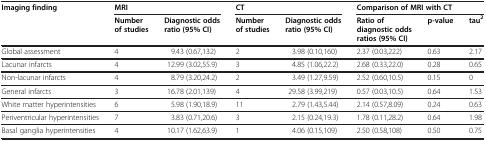
<table><thead><tr><td rowspan="2"><b>Imaging finding</b></td><td colspan="2"><b>MRI</b></td><td colspan="2"><b>CT</b></td><td colspan="3"><b>Comparison of MRI with CT</b></td></tr><tr><td><b>Number of studies</b></td><td><b>Diagnostic odds ratio (95% CI)</b></td><td><b>Number of studies</b></td><td><b>Diagnostic odds ratio (95% CI)</b></td><td><b>Ratio of diagnostic odds ratios (95% CI)</b></td><td><b>p-value</b></td><td><b>tau<sup>2</sup></b></td></tr></thead><tbody><tr><td>Global assessment</td><td>4</td><td>9.43 (0.67,132)</td><td>2</td><td>3.98 (0.10,160)</td><td>2.37 (0.03,222)</td><td>0.63</td><td>2.17</td></tr><tr><td>Lacunar infarcts</td><td>4</td><td>12.99 (3.02,55.9)</td><td>3</td><td>4.85 (1.06,22.2)</td><td>2.68 (0.33,22.0)</td><td>0.28</td><td>0.65</td></tr><tr><td>Non-lacunar infarcts</td><td>4</td><td>8.79 (3.20,24.2)</td><td>2</td><td>3.49 (1.27,9.59)</td><td>2.52 (0.60,10.5)</td><td>0.15</td><td>0</td></tr><tr><td>General infarcts</td><td>3</td><td>16.78 (2.01,139)</td><td>4</td><td>29.58 (3.99,219)</td><td>0.57 (0.03,10.5)</td><td>0.64</td><td>1.53</td></tr><tr><td>White matter hyperintensities</td><td>6</td><td>5.98 (1.90,18.9)</td><td>11</td><td>2.79 (1.43,5.44)</td><td>2.14 (0.57,8.09)</td><td>0.24</td><td>0.63</td></tr><tr><td>Periventricular hyperintensities</td><td>7</td><td>3.83 (0.71,20.6)</td><td>3</td><td>2.15 (0.24,19.3)</td><td>1.78 (0.11,28.2)</td><td>0.64</td><td>1.98</td></tr><tr><td>Basal ganglia hyperintensities</td><td>4</td><td>10.17 (1.62,63.9)</td><td>1</td><td>4.06 (0.15,109)</td><td>2.50 (0.58,108)</td><td>0.50</td><td>0.75</td></tr></tbody></table>